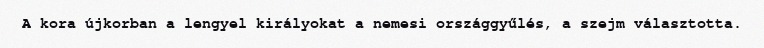
A kora újkorban a lengyel királyokat a nemesi országgyűlés, a szejm választotta.